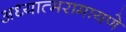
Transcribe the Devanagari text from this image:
अध्यात्मरामायणे